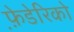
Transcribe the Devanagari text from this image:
फ़े़डेरिको